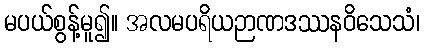
မပယ်စွန့်မူ၍။ အလမပရိယဉာဏဒဿနဝိသေသံ၊